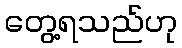
တွေ့ရသည်ဟု